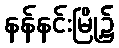
နန်နင်းမြို့၌